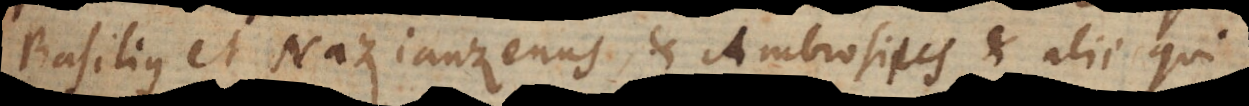
Basilius et Nazianzenus, et Ambrosius, et alii qui